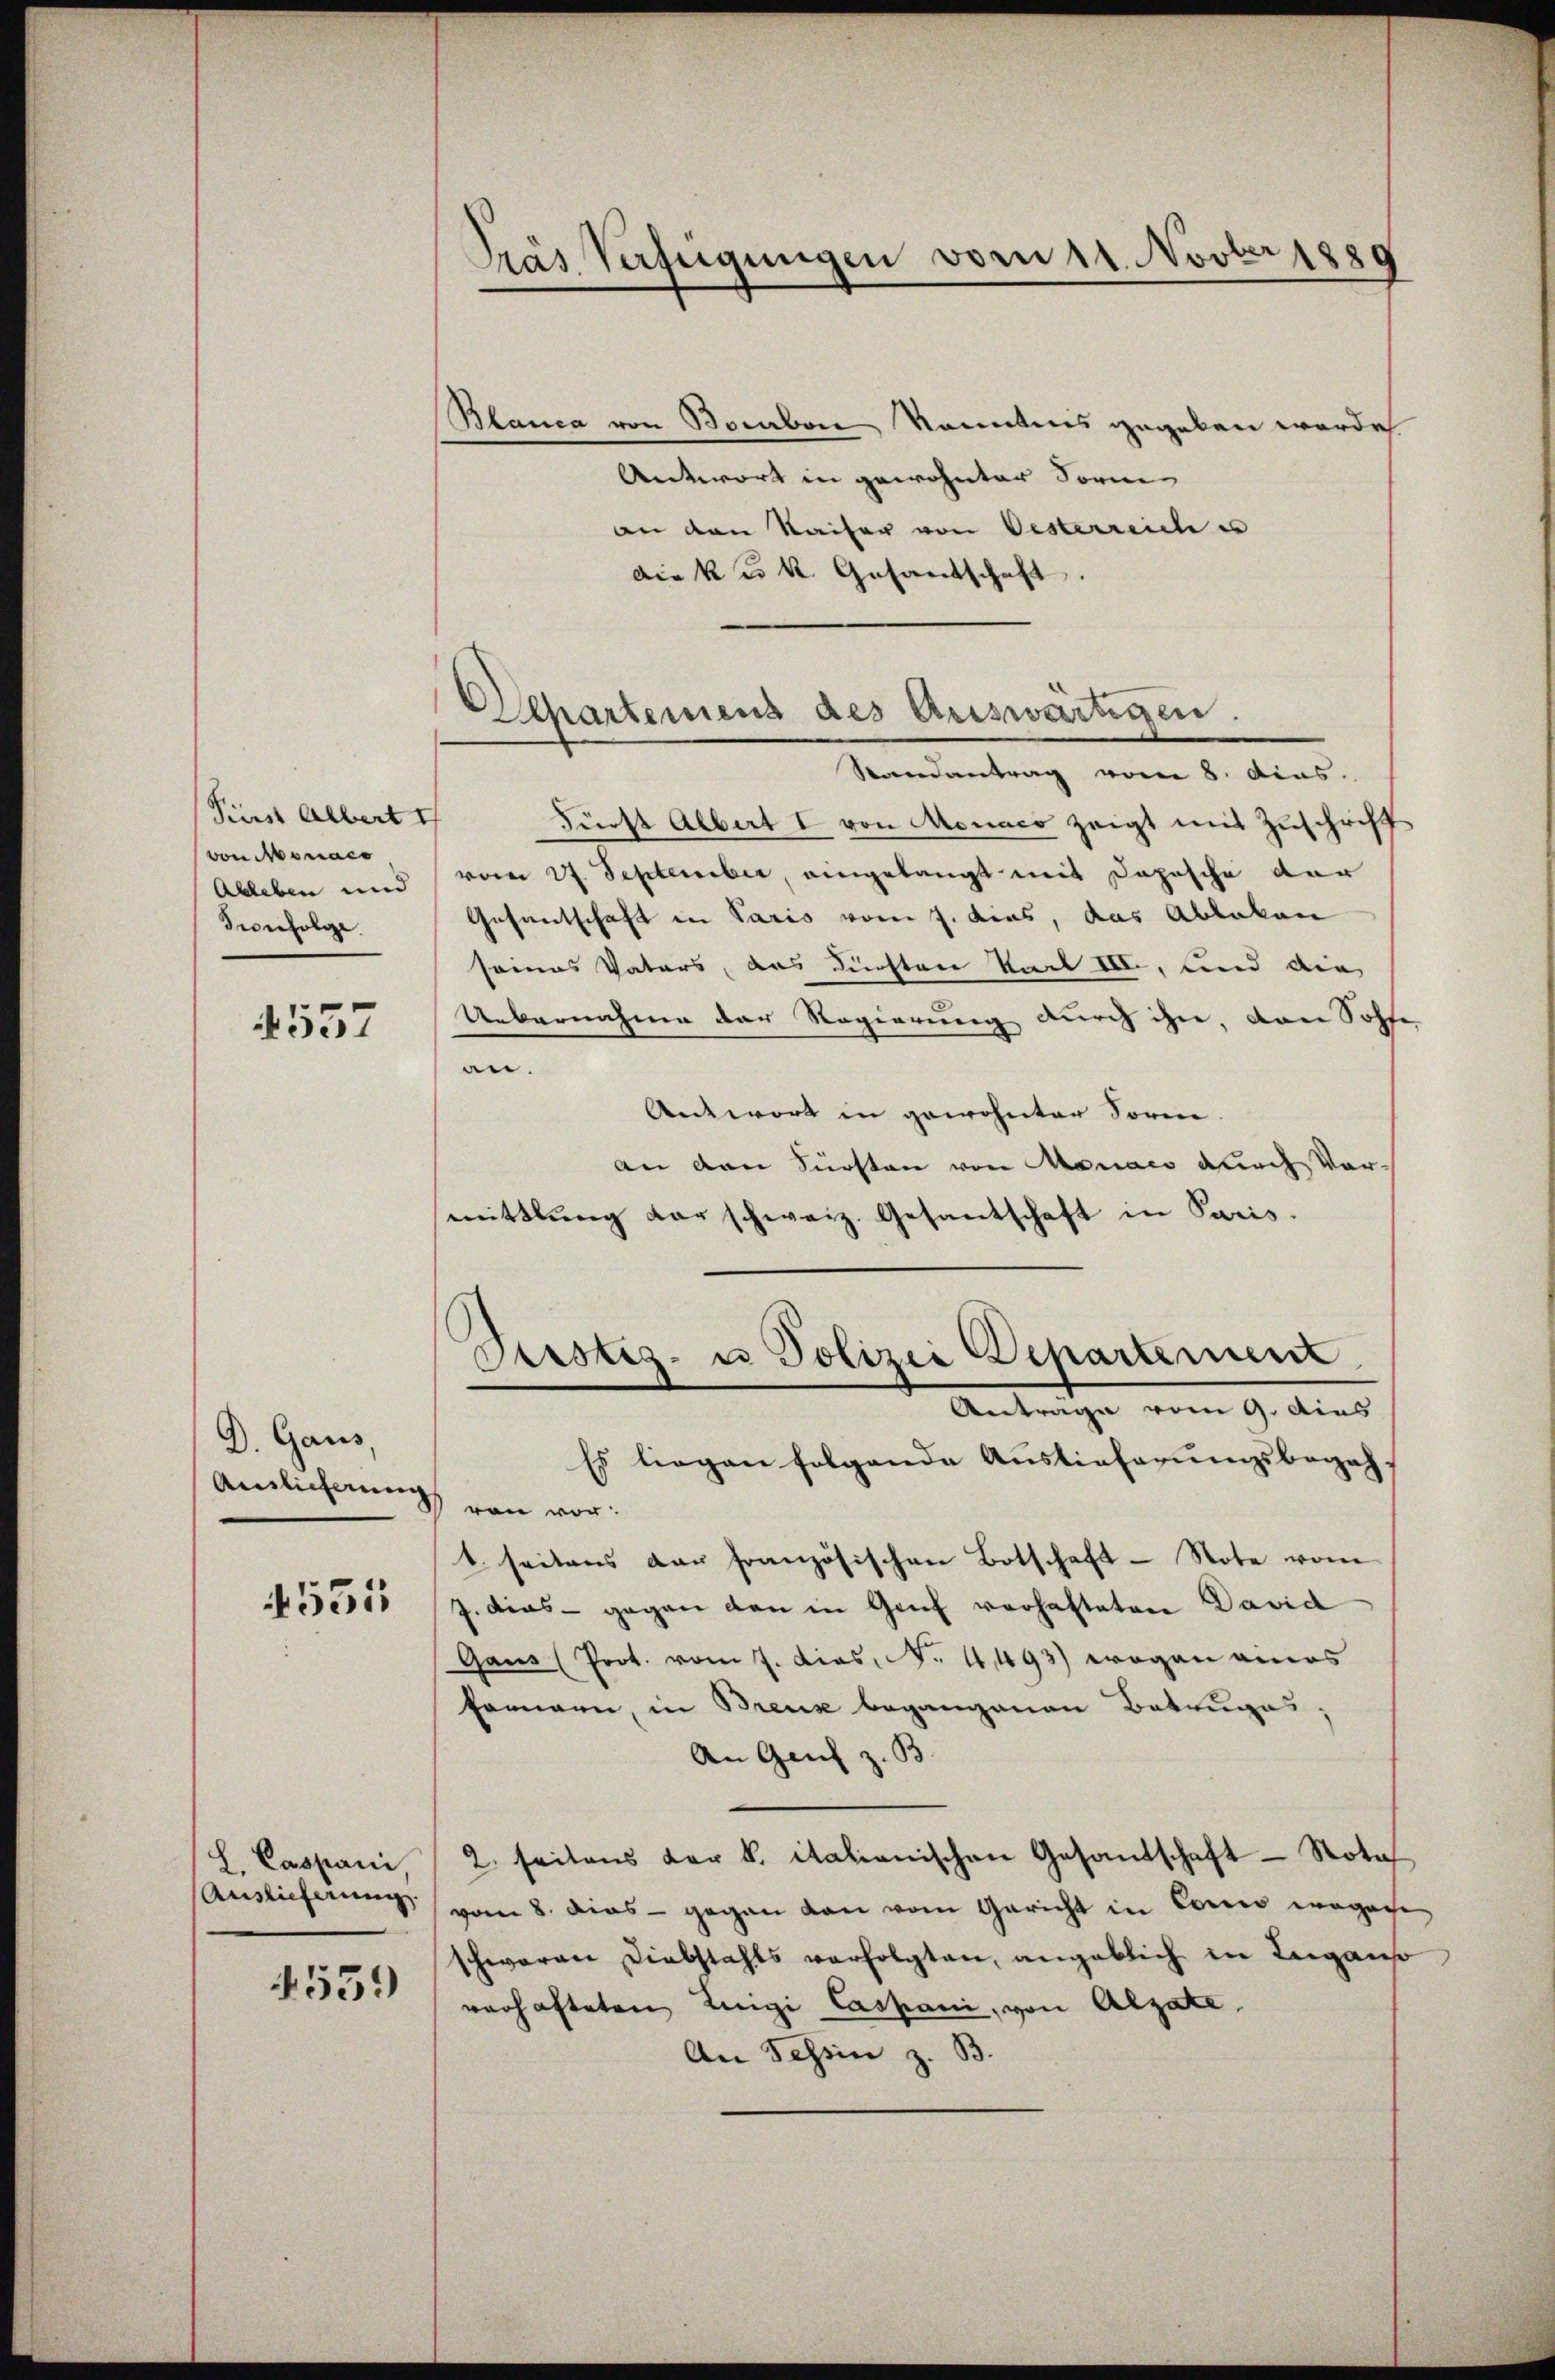
Fürst Albert
von Moraco
Ableben und
Tronfolge.

4557

D. Gaus
Auslieferung

4551

L. Caspani
Auslieferung

4559

Pras Verfügungen vom 11. Novber 1880

Blanca von Bocabon konntens gegeben werde
Antwort in gewohnter Form
an den Kaiser von Oesterreich es
die k. k. Gesantschaft.
Randantrag vom 8. Ains.
Fürst Albert I von Monaco zeigt mit Zuschrift
vom 27. September, angelangt mit Depesche der
Gesantschaft in Paris vom 7. dens, das Ablakon
seines Vaters, das Fuchsten tail III, und die
Uebernahme der Regierung durch ihn, von Sohf
an.
Antwort in gewohnter Form.
an den Fürsten von Monats durch Vor-
mittlung der schweiz. Gesantschaft in Paris.
Pustiz- u Polizei Departement
Antrage vom 9. dies
Es liegen folgende Auslieferungsbegeh-
ron vor:
1. seitens der französischen Botschaft - Note vom
J. dies - gegen den in Gruf verhafteten David
Gaus (Prot. vom 7. dies, No. 4493) wogen eines
fonnern, in Brenz begangenen Betruges;
An Genf z. B.
2. seitens der k. italienischen Gesandschaft Nota
vom 8. dies - gegen den vom Gericht in Comis wegen
schweren Diebstahls verfolgten, angeblich in Lugan
verhafteten Lingi Caspani, von Alzate,
An Tessin z. B.

Schartemend des Auswärtigen.